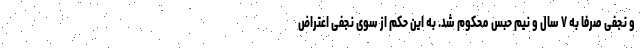
و نجفی صرفا به ۷ سال و نیم حبس محکوم شد. به این حکم از سوی نجفی اعتراض